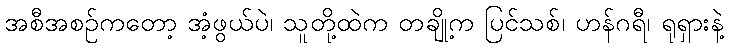
အစီအစဉ်ကတော့ အံ့ဖွယ်ပဲ၊ သူတို့ထဲက တချို့က ပြင်သစ်၊ ဟန်ဂရီ၊ ရုရှားနဲ့